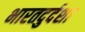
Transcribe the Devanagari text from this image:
भारतदुर्दशा